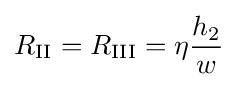
R_{\text{II}}=R_{\text{III}}=\eta {\frac {h_{2}}{w}}